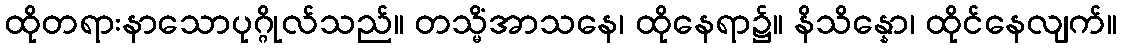
ထိုတရားနာသောပုဂ္ဂိုလ်သည်။ တသ္မိံအာသနေ၊ ထိုနေရာ၌။ နိသိန္နော၊ ထိုင်နေလျက်။